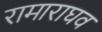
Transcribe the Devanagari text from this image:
रामाराघव